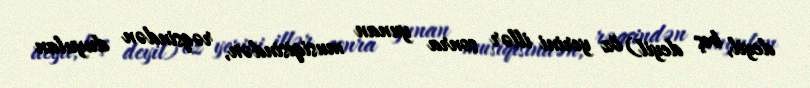
deyil, beş deyil) öz yerini illər sonra yunan musiqisindən, rəqsindən duyulan